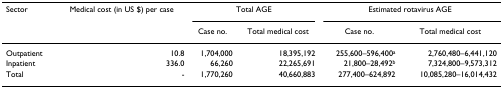
<table><thead><tr><td><b>Sector</b></td><td><b>Medical cost (in US $) per case</b></td><td colspan="2"><b>Total AGE</b></td><td colspan="2"><b>Estimated rotavirus AGE</b></td></tr><tr><td></td><td></td><td><b>Case no.</b></td><td><b>Total medical cost</b></td><td><b>Case no.</b></td><td><b>Total medical cost</b></td></tr></thead><tbody><tr><td>Outpatient</td><td>10.8</td><td>1,704,000</td><td>18,395,192</td><td>255,600–596,400<sup>a</sup></td><td>2,760,480–6,441,120</td></tr><tr><td>Inpatient</td><td>336.0</td><td>66,260</td><td>22,265,691</td><td>21,800–28,492<sup>b</sup></td><td>7,324,800–9,573,312</td></tr><tr><td>Total</td><td>-</td><td>1,770,260</td><td>40,660,883</td><td>277,400–624,892</td><td>10,085,280–16,014,432</td></tr></tbody></table>